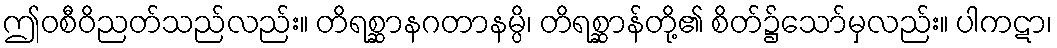
ဤဝစီဝိညတ်သည်လည်း။ တိရစ္ဆာနဂတာနမ္ပိ၊ တိရစ္ဆာန်တို့၏ စိတ်၌သော်မှလည်း။ ပါကဋာ၊